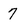
Character: 7